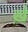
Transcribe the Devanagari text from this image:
ख़े